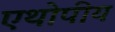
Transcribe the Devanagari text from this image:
एथोपीय